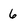
Character: 6